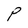
Character: P